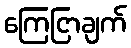
ကြေငြာချက်